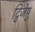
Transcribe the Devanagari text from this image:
द्विजेषु